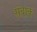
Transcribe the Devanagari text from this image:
संवाक